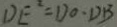
D E ^ { 2 } = D O \cdot D B